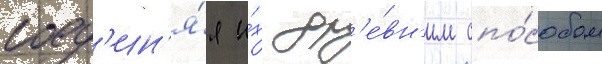
соед'ин'я́я и́х др'е́вн'им спо́собом